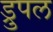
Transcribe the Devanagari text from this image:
ड्रुपल